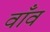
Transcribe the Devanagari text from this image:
वाँव